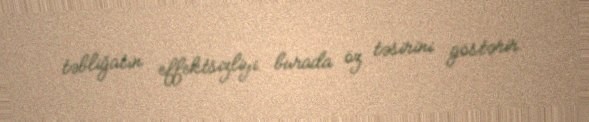
təbliğatın effektsizliyi burada öz təsirini göstərir.